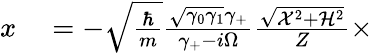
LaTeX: \begin{array}{rl}{x}&{{}=-\sqrt{\frac{\hbar}{m}}\frac{\sqrt{\gamma_{0}\gamma_{1}}\gamma_{+}}{\gamma_{+}-i\Omega}\frac{\sqrt{\mathcal{X}^{2}+\mathcal{H}^{2}}}{Z}\times}\end{array}